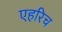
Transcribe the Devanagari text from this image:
एहरिच